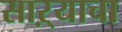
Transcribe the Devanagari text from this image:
साऱ्याचा